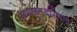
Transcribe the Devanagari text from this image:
समजूतदारपणे